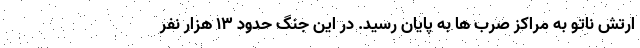
ارتش ناتو به مراکز صرب ها به پایان رسید. در این جنگ حدود 13 هزار نفر